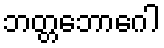
ဘတ္တဘောဂေါ